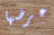
عرضها